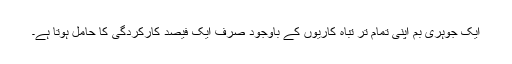
ایک جوہری بم اپنی تمام تر تباہ کاریوں کے باوجود صرف ایک فیصد کارکردگی کا حامل ہوتا ہے۔